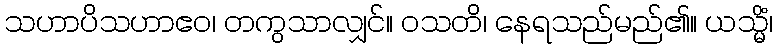
သဟာပိသဟာဧဝ၊ တကွသာလျှင်။ ဝသတိ၊ နေရသည်မည်၏။ ယသ္မိံ၊